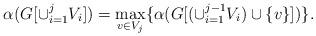
LaTeX: \begin{align*}\alpha(G[\cup_{i=1}^j V_i])=\max_{v\in V_j}\{\alpha(G[(\cup_{i=1}^{j-1} V_i)\cup\{v\}])\}.\end{align*}